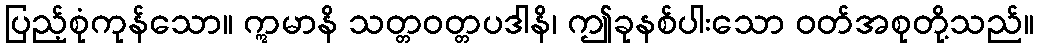
ပြည့်စုံကုန်သော။ ဣမာနိ သတ္တဝတ္တပဒါနိ၊ ဤခုနစ်ပါးသော ဝတ်အစုတို့သည်။